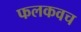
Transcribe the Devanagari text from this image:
फलकवच